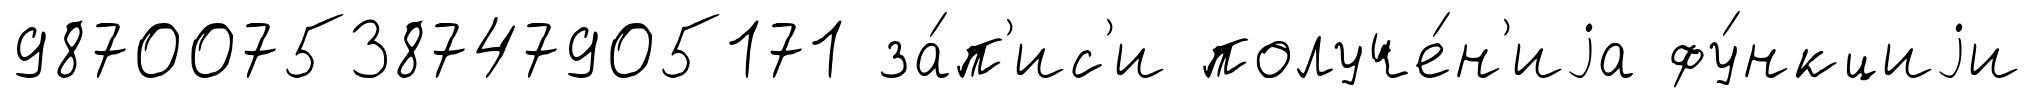
987007538747905171 за́п'ис'и получе́н'иjа фу́нкциjи